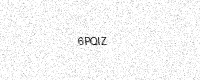
Text: 6PQIZ